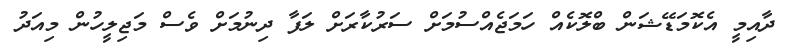
ދާއިމީ އެކޮމަޑޭޝަން ބްލޮކެއް ހަމަޖެއްސުމަށް ސަރުކާރަށް ލަފާ ދިނުމަށް ވެސް މަޖިލީހުން މިއަދު